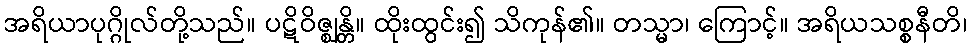
အရိယာပုဂ္ဂိုလ်တို့သည်။ ပဋိဝိဇ္ဈန္တိ။ ထိုးထွင်း၍ သိကုန်၏။ တသ္မာ၊ ကြောင့်။ အရိယသစ္စနီတိ၊